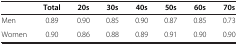
<table><thead><tr><td><b> </b></td><td><b>Total</b></td><td><b>20s</b></td><td><b>30s</b></td><td><b>40s</b></td><td><b>50s</b></td><td><b>60s</b></td><td><b>70s</b></td></tr></thead><tbody><tr><td>Men</td><td>0.89</td><td>0.90</td><td>0.85</td><td>0.90</td><td>0.87</td><td>0.85</td><td>0.73</td></tr><tr><td>Women</td><td>0.90</td><td>0.86</td><td>0.88</td><td>0.89</td><td>0.91</td><td>0.90</td><td>0.90</td></tr></tbody></table>